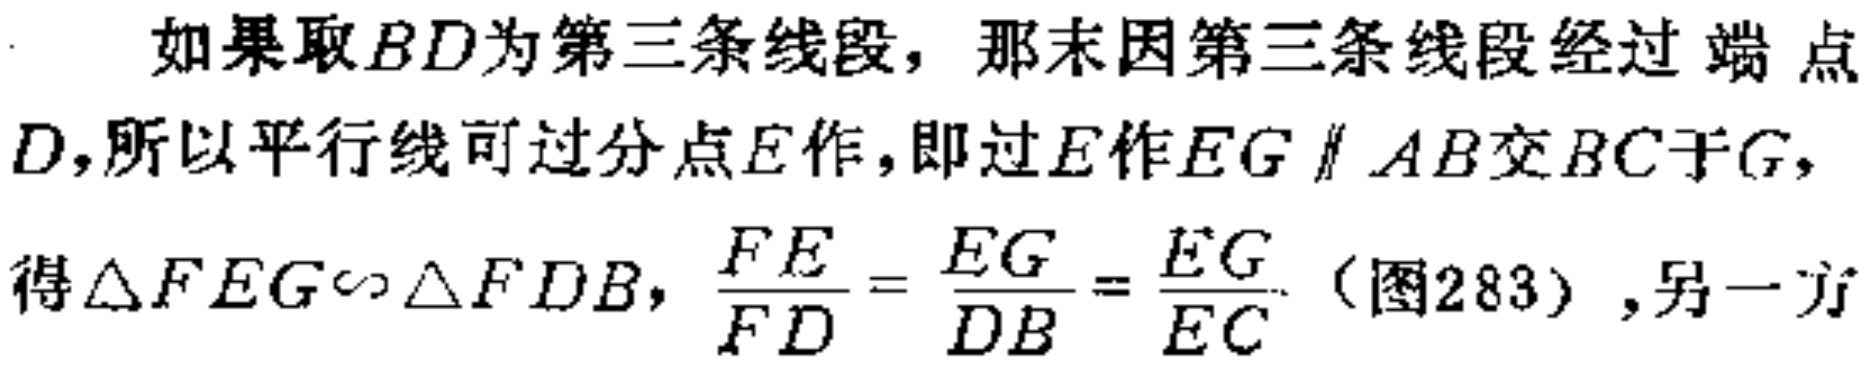
如果取\(BD\)为第三条线段，那末因第三条线段经过端点\(D\)，所以平行线可过分点\(E\)作，即过\(E\)作\(EG \parallel AB\)交\(BC\)于\(G\)，得\(\triangle FEG\sim\triangle FDB\)，\(\frac{FE}{FD}=\frac{EG}{DB}=\frac{EG}{EC}\)（图283），另一方